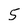
Character: 5